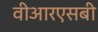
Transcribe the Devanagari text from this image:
वीआरएसबी